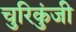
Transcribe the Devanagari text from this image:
चुरिकुंजी